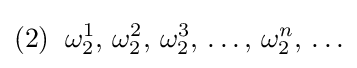
(2)\;\;\omega _{2}^{1},\,\omega _{2}^{2},\,\omega _{2}^{3},\,\ldots ,\,\omega _{2}^{n},\,\ldots